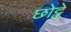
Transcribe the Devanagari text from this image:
छोट्टे